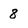
Character: 8